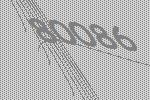
80086